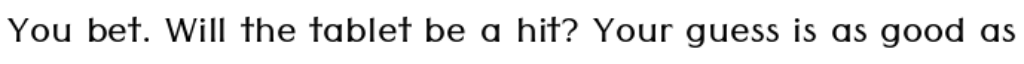
You bet. Will the tablet be a hit? Your guess is as good as